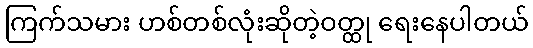
ကြက်သမား ဟစ်တစ်လုံးဆိုတဲ့ဝတ္ထု ရေးနေပါတယ်